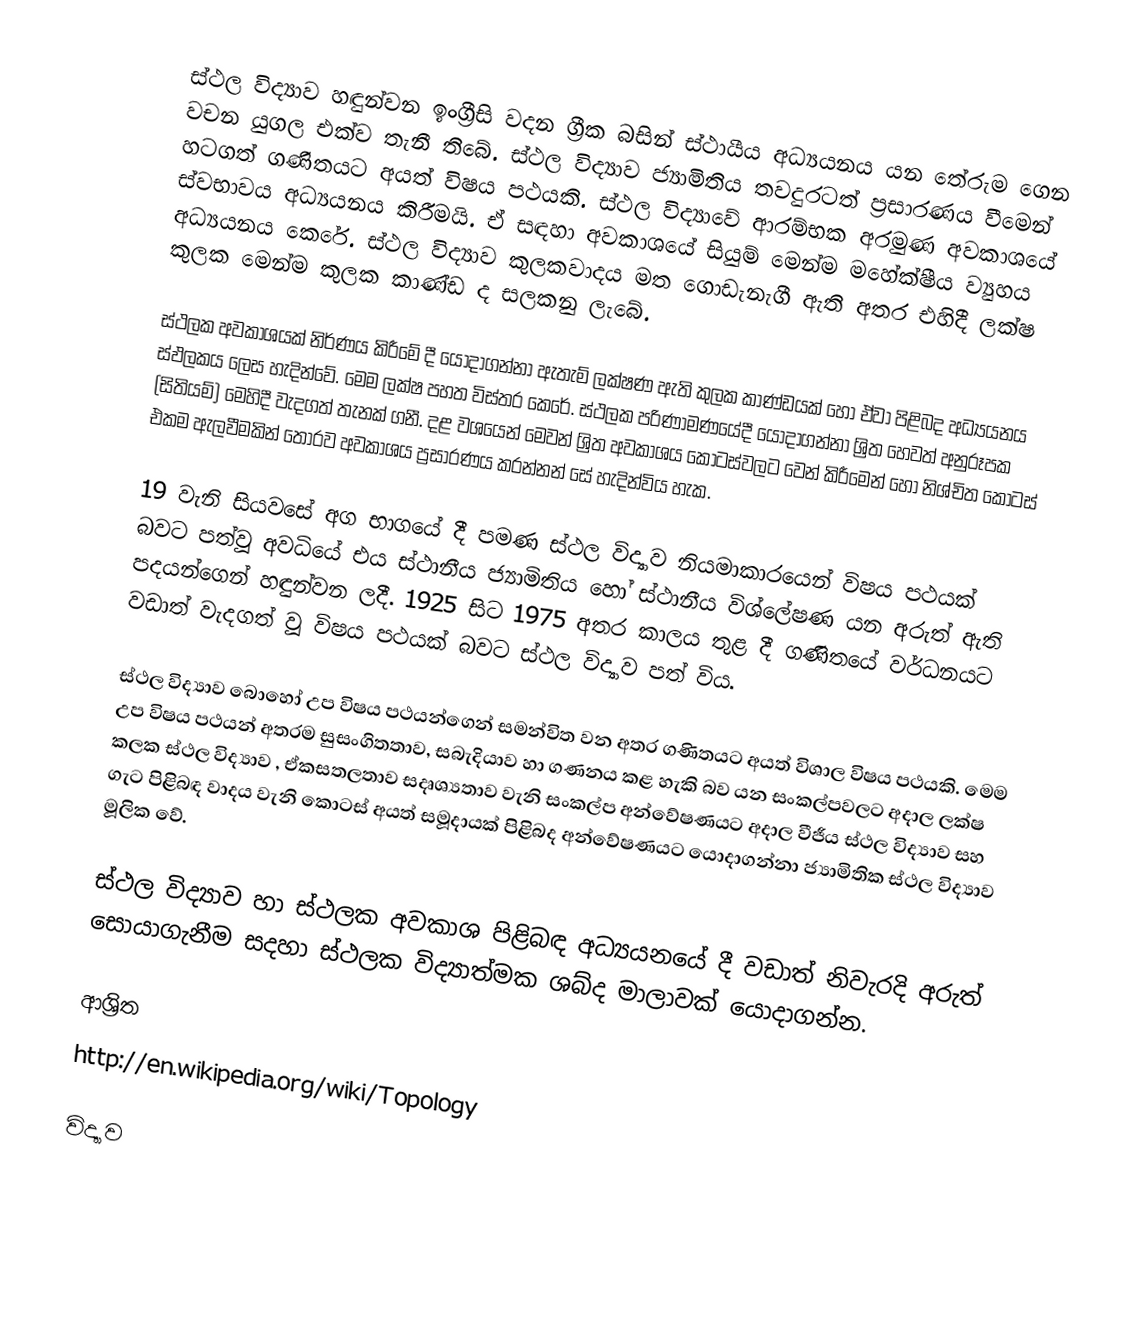
ස්ථල විද්‍යාව හඳුන්වන ඉංග්‍රීසි වදන ග්‍රීක බසින් ස්ථායීය අධ්‍යයනය යන තේරුම ගෙන වචන යුගල එක්ව තැනී තිබේ. ස්ථල විද්‍යාව ජ්‍යාමිතිය තවදුරටත් ප්‍රසාරණය වීමෙන් හටගත් ගණිතයට අයත් විෂය පථයකි. ස්ථල විද්‍යාවේ ආරම්භක අරමුණ අවකාශයේ ස්වභාවය අධ්‍යයනය කිරීමයි. ඒ සඳහා අවකාශයේ සියුම් මෙන්ම මහේක්ෂීය ව්‍යුහය අධ්‍යයනය කෙරේ. ස්ථල විද්‍යාව කුලකවාදය මත ගොඩැනැගී ඇති අතර එහිදී ලක්ෂ කුලක මෙන්ම කුලක කාණ්ඩ ද සලකනු ලැබේ.

ස්ථලක අවකාශයක් නිර්ණය කිරීමේ දී යොදාගන්නා ඇතැම් ලක්ෂණ ඇති කුලක කාණ්ඩයක් හෝ ඒවා පිළිබද අධ්‍යයනය ‍ස්ඵලකය ලෙස හැදින්වේ. මෙම ලක්ෂ පහත විස්තර කෙරේ. ස්ථලක පරිණාමණයේදී යොදාගන්නා ශ්‍රිත හෙවත් අනුරූපක (සිතියම්) මෙහිදී වැදගත් තැනක් ගනී. දළ වශයෙන් මෙවන් ශ්‍රිත අවකාශය කොටස්වලට වෙන් කිරීමෙන් හෝ නිශ්චිත කොටස් එකම ඇලවීමකින් තොරව අවකාශය ප්‍රසාරණය කරන්නන් සේ හැදින්විය හැක.

19 වැනි සියවසේ අග භාගයේ දී පමණ ස්ථල විද්‍යාව නියමාකාරයෙන් විෂය පථයක් බවට පත්වූ අවධියේ එය ස්ථානීය ජ්‍යාමිතිය හෝ ස්ථානීය විශ්ලේෂණ යන අරුත් ඇති පදයන්ගෙන් හඳුන්වන ලදී. 1925 සිට 1975 අතර කාලය තුළ දී ගණිතයේ වර්ධනයට වඩාත් වැදගත් වූ විෂය පථයක් බවට ස්ථල විද්‍යාව පත් විය.

ස්ථල විද්‍යාව බොහෝ උප විෂය පථයන්ගෙන් සමන්විත වන අතර ගණිතයට අයත් විශාල විෂය පථයකි. මෙම උප විෂය පථයන් අතරම සුසංගිතතාව, සබැදියාව හා ගණනය කළ හැකි බව යන සංකල්පවලට අදාල ලක්ෂ කලක ස්ථල විද්‍යාව , ඒකසතලතාව සදෘශ්‍යතාව වැනි සංකල්ප අන්වේෂණයට අදාල වීජීය ස්ථල විද්‍යාව සහ ගැට පිළිබඳ වාදය වැනි කොටස් අයත් සමූදායක් පිළිබද අන්වේෂණයට යොදාගන්නා ජ්‍යාමිතික ස්ථල විද්‍යාව මූලික වේ.

ස්ථල විද්‍යාව හා ස්ථලක අවකාශ පිළිබඳ අධ්‍යයනයේ දී වඩාත් නිවැරදි අරුත් සොයාගැනීම සදහා ස්ථලක විද්‍යාත්මක ශබ්ද මාලාවක් යොදාගන්න.

ආශ්‍රිත
http://en.wikipedia.org/wiki/Topology

විද්‍යාව